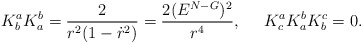
\begin{align*}K^{a}_{b} K^{b}_{a} = \frac{2}{r^2(1-\dot{r}^2)}= \frac{2(E^{N-G})^2}{r^4}, \;\;\;\;\; K^{a}_{c} K^{b}_{a} K^{c}_{b} = 0.\end{align*}